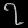
Digit: ၇